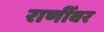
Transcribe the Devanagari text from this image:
राणींवर